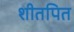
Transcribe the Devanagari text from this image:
शीतपित